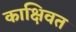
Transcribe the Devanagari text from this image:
काक्षिवत